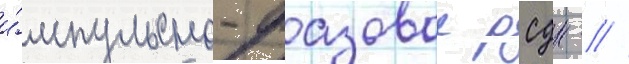
и́мпульсно-фазовои рсдн - //